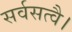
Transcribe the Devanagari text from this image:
सर्वसत्वै।